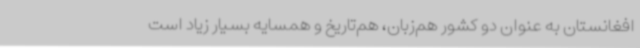
افغانستان به عنوان دو کشور هم‌زبان، هم‌تاریخ و همسایه بسیار زیاد است